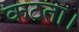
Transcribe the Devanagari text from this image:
कटता।